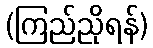
(ကြည်ညိုရန်)